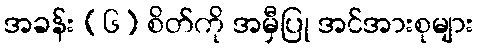
အခန်း (၆) စိတ်ကို အမှီပြု အင်အားစုများ